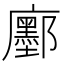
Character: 𢌅